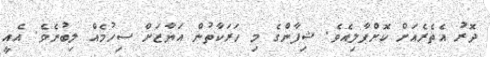
ދޮރު އެތެރެއަށް ކޮށްޕާލިއެވެ. ޝިފާންގެ މި ހަރަކާތުން އަޔާޒަށް ސިހުމެއް ލިބުނެވެ. އެއީ